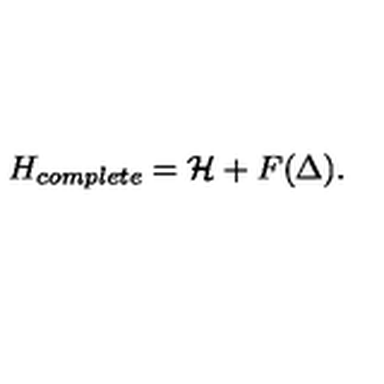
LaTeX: H _ { c o m p l e t e } = { \cal H } + F ( \Delta ) .